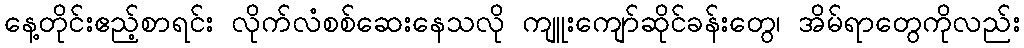
နေ့တိုင်းဧည့်စာရင်း လိုက်လံစစ်ဆေးနေသလို ကျူးကျော်ဆိုင်ခန်းတွေ၊ အိမ်ရာတွေကိုလည်း